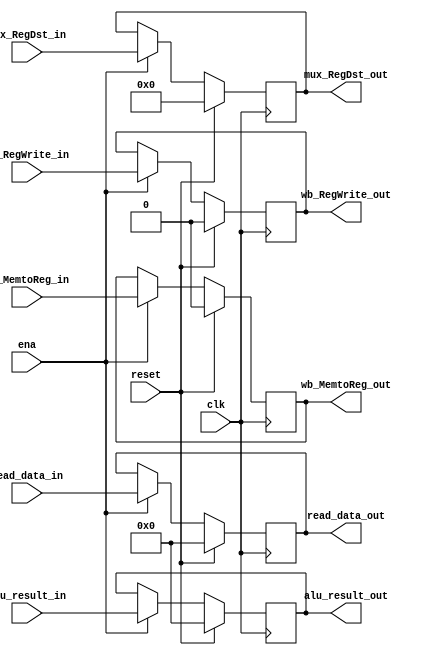
module latch_MEM_WB
	#(
	parameter B=32, W=5
	)
	(
	input wire clk,
	input wire reset,
	input wire ena,
	/* Data signals INPUTS */
	input wire [B-1:0] read_data_in,
	input wire [B-1:0] alu_result_in,
	input wire [W-1:0] mux_RegDst_in,
	/* Data signals OUTPUTS */
	output wire [B-1:0] read_data_out,
	output wire [B-1:0] alu_result_out,
	output wire [W-1:0] mux_RegDst_out,
	/* Control signals INPUTS*/
	//Write back
	input wire wb_RegWrite_in,
	input wire wb_MemtoReg_in,
	/* Control signals OUTPUTS */
	//Write back
	output wire wb_RegWrite_out,
	output wire wb_MemtoReg_out

   );
	/* Data REGISTERS */
	reg [B-1:0]read_data_reg;
	reg [B-1:0]alu_result_reg;
	reg [W-1:0]mux_RegDst_reg;
	/* Control REGISTERS */
	//Write back
	reg wb_RegWrite_reg;
	reg wb_MemtoReg_reg;

	always @(posedge clk)
	begin
		if (reset)
		begin
			read_data_reg <= 0;
			alu_result_reg <= 0;
			mux_RegDst_reg <= 0;
			wb_RegWrite_reg <= 0;
			wb_MemtoReg_reg <= 0;
		end
		else
			if(ena==1'b1)
			begin
				/* Data signals write to ID_EX register */
				read_data_reg <= read_data_in;
				alu_result_reg <= alu_result_in;
				mux_RegDst_reg <= mux_RegDst_in;
				/* Control signals write to ID_EX register */
				//Write back
				wb_RegWrite_reg <= wb_RegWrite_in;
				wb_MemtoReg_reg <= wb_MemtoReg_in;
			end
	end
	/* Data signals read from ID_EX register */	
	assign read_data_out = read_data_reg;
	assign alu_result_out = alu_result_reg;
	assign mux_RegDst_out = mux_RegDst_reg;
	/* Control signals read from ID_EX register */
	//Write back
	assign wb_RegWrite_out = wb_RegWrite_reg;
	assign wb_MemtoReg_out = wb_MemtoReg_reg;
endmodule